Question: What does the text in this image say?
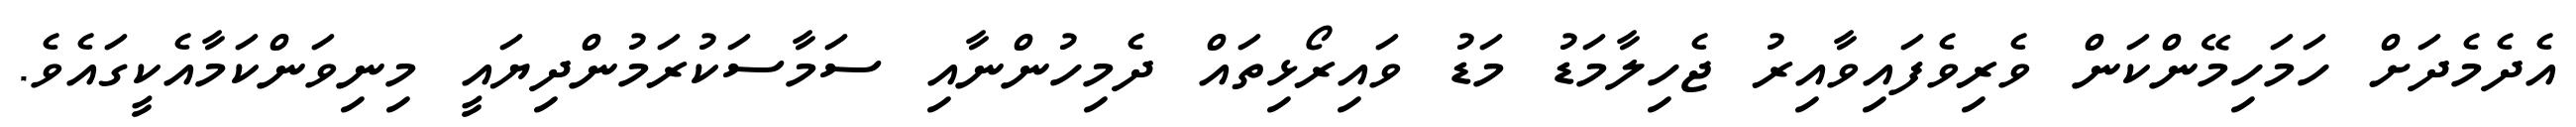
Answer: އެދެމެދަށް ހަމަހިމޭންކަން ވެރިވެފައިވާއިރު ޖެހިލާމަޑު މަޑު ވައިރޯޅިތައް ދެމިހުންނާއި ސަމާސަކުރަމުންދިޔައީ މިނިވަންކަމާއެކީގައެވެ.